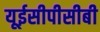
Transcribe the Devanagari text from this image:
यूईसीपीसीबी